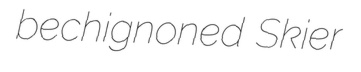
bechignoned Skier